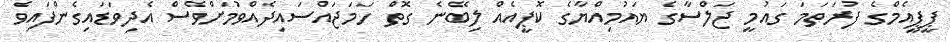
ޕީޕީއެމްގެ ފުރަތަމަ ގައުމީ ޖަލްސާގެ ޔައުމިއްޔާގެ ކޮޕީއެއް ލިބޭނެ ގޮތް ހަމަޖައްސައިދެެއްވުމަށްވެސް އެދިވަޑައިގެންފައިވެ